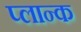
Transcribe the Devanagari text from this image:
प्लान्क